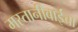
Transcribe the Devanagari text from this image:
मस्तानीबाईंचा